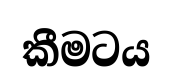
කීමටය